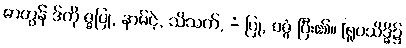
ဓာတွန် ဒ်ကို ဇ္ဇပြု, နာမ်ငဲ့, သိသက်, -ံ ပြု, ဝဇ္ဇံ ပြီး၏။ [ရူပသိဒ္ဓိ၌